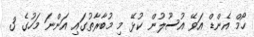
ހޯމް އެންޑް އަވޭ އުސޫލުން ކުޅޭ މި މުބާރާތުގައި އަންނަ މަހުގެ 3